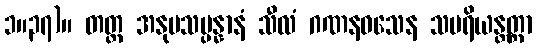
၁။၃၇)။ တတ္ထ အနုပသမ္ပန္နာနံ သီလံ ဂဏနဝသေန သပရိယန္တတ္တာ